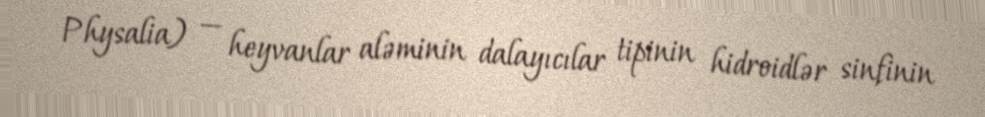
Physalia) — heyvanlar aləminin dalayıcılar tipinin hidroidlər sinfinin